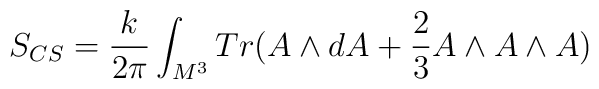
S_{CS}=\frac{k}{2\pi }\int_{M^{3}}Tr(A\wedge dA+\frac{2}{3}A\wedge A\wedge A)